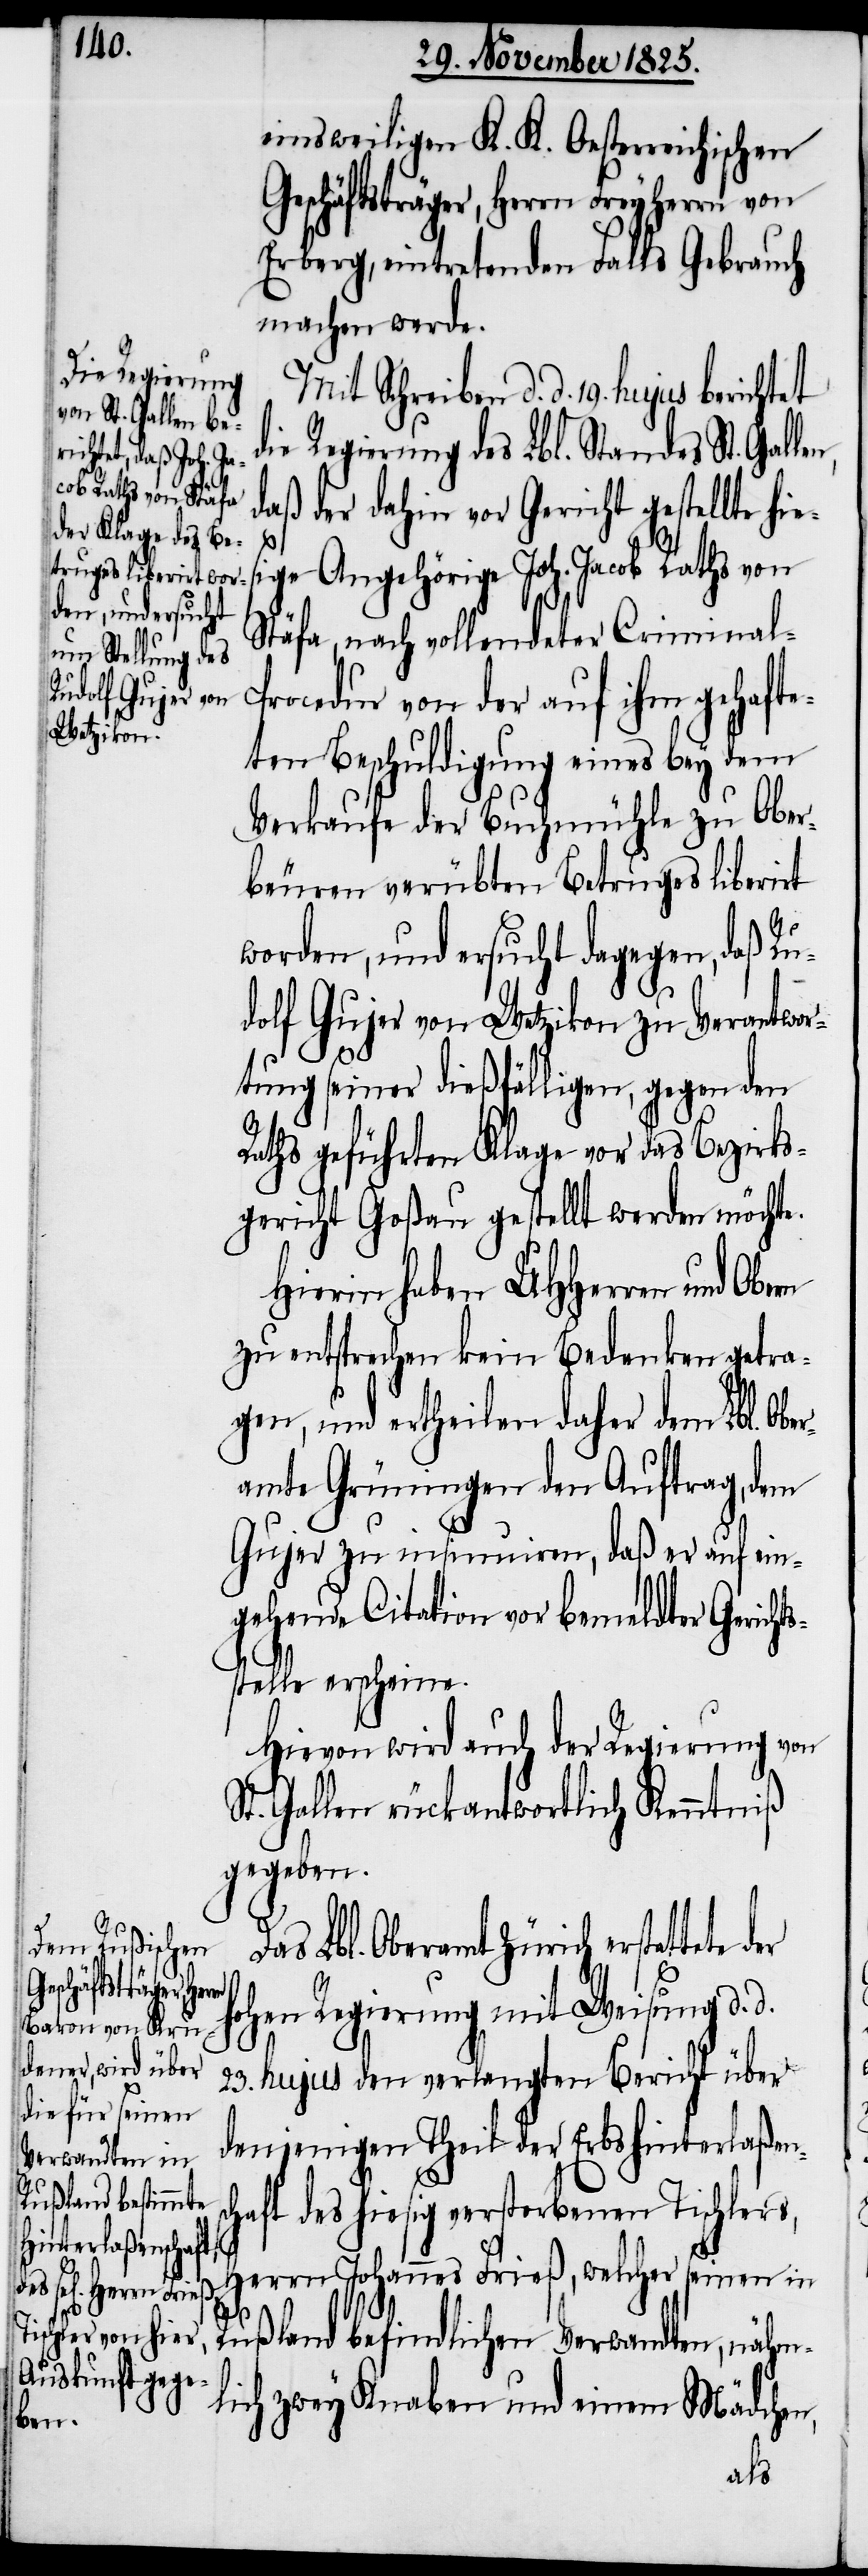
einsweiligen K. K. Oestreichischen
Geschäftsträger, Herrn Freyherrn von
Erberg, eintretenden Falls Gebrauch
machen werde.
Mit Schreiben d. d. 19. hujus bericht¬
die Regierung des Lbl. Standes St. Galle¬
daß der dahin vor Gericht gestellte hi¬
sc¬
esige Angehörige Joh. Jacob Raths von
Stäfa, nach vollendeter Criminal-P¬
rocedur von der auf ihm gehafte¬
ten Beschuldigung eines bey dem
Verkaufe der Buchmühle zu Ober¬
beuren verübten Betrugs liberirt
worden, und ersucht dagegen, daß Ru¬
dolf Gujer von Wetzikon zu Verantwor¬
tung seiner dießfälligen, gegen den
Raths geführten Klage vor das Bezirks¬
gericht Goßau gestellt werden möchte.
Hierin haben UHHerren und Obern
zu entsprechen kein Bedenken getra¬
gen, und ertheilen daher dem Lbl. Obe¬
ramte Grüningen den Auftrag, dem
Gujer zu insinuiren, daß er auf ein¬
gehende Citation vor bemeldter Gericht¬
stelle erscheine.
Hievon wird auch der Regierung von
t. Gallen rückantwortlich Kenntniß
gegeben.
d.
Das Lbl. Oberamt Zürich erstattet
ohen Regierung mit Weisung d.
23. hujus den verlangten Bericht über
denjenigen Theil der Erbshinterlaßen¬
haft des hiesig verstorbenen Tischlers,
Herrn Johannes Frieß, welcher seinen in
Rußland befindlichen Verwandten, nähm¬
lich zwey Knaben und einem Mädchen,